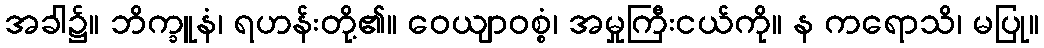
အခါ၌။ ဘိက္ခူနံ၊ ရဟန်းတို့၏။ ဝေယျာဝစ္စံ၊ အမှုကြီးငယ်ကို။ န ကရောသိ၊ မပြု။